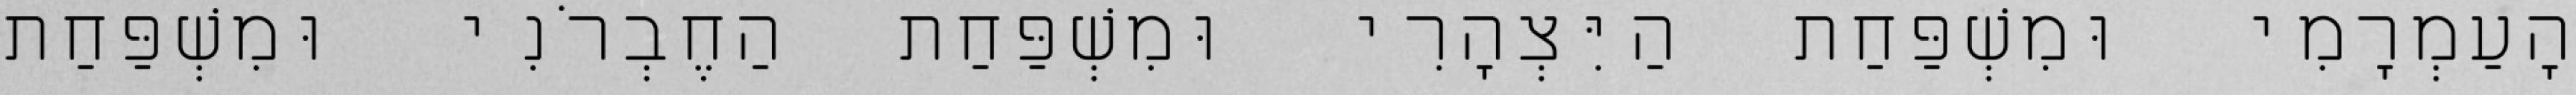
הָעַמְרָמִי וּמִשְׁפַּחַת הַיִּצְהָרִי וּמִשְׁפַּחַת הַחֶבְרֹנִי וּמִשְׁפַּחַת